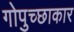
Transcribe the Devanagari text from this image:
गोपुच्छाकार